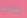
كذلك